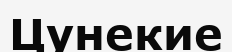
Цунекие